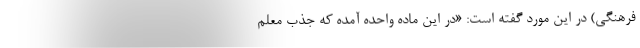
فرهنگی) در این مورد گفته است: «در این ماده واحده آمده که جذب معلم